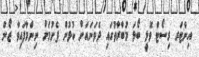
އިންޓަރ ރިސޯޓް ވޮލީ ބޯޅަ މުބާރާތުގައި ދެވަނައަށް ކުޅުން ފެށުމަށް ނިންމާފައިވާ ޒޯން